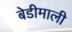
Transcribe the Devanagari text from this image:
बेडीमाली